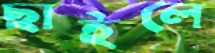
ছাইলে